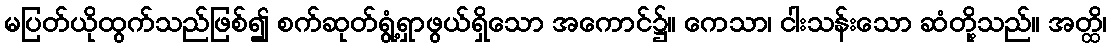
မပြတ်ယိုထွက်သည်ဖြစ်၍ စက်ဆုတ်ရွံ့ရှာဖွယ်ရှိသော အကောင်၌။ ကေသာ၊ ငါးသန်းသော ဆံတို့သည်။ အတ္ထိ၊